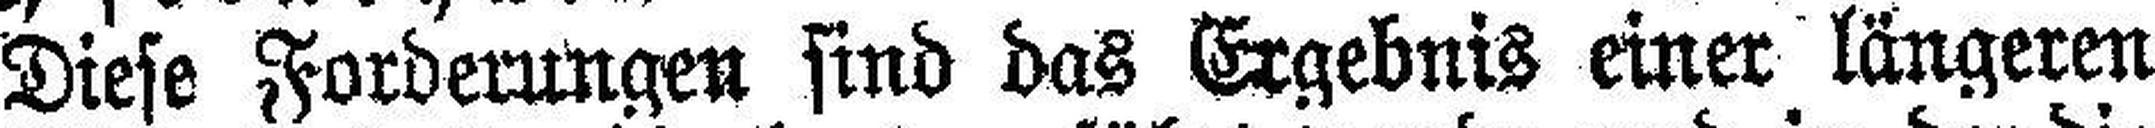
Diese Forderungen sind das Ergebnis einer längeren